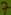
Text: 7